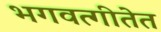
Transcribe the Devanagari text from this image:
भगवत्गीतेत